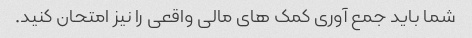
شما باید جمع آوری کمک های مالی واقعی را نیز امتحان کنید.